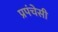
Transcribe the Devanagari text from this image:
प्रपंचेसी